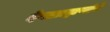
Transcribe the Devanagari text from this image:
देवाब्राह्मणांचे